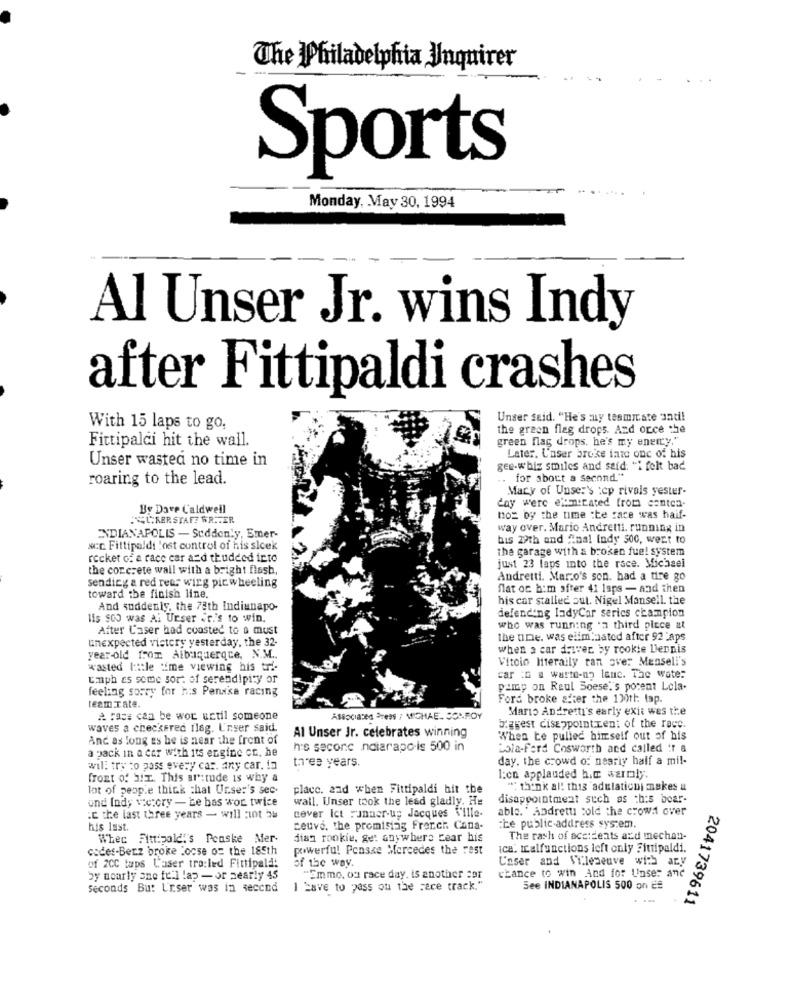
The Philadelphia Inquirer
Sports
Monday, May 30, 1994
Al Unser Jr. wins Indy
after Fittipaldi crashes
Unser seid. "He's my teamiste anti!
With 15 laps to go,
the green flag drops. And orce the
Fittipaldi hit the wall.
green flag drops, he's my energy,"
Unser wasted no time in
Later. Unser broke into one of his
gee-whiz smiles and said: "i felt bad
roaring to the lead.
.. for about a second."
Mary of Unser's tep rivals yester-
By Dare Caldwell
day were elmirated from canten-
SURER STAFF WRITER
no= by the time :Le race was haif-
way over. Mario Andretti, running in
ENDIANAPOLIS - Suddenly, Emer-
bis 29th and Anal Indy 500, wert to
scc. Fittipaldi lost control of his sleek
the garage with a broken fue! system
rocket of a race car a=d thudded into
the concrete wall with a bright flash,
just 23 laps into the race. Michael
sending a red rear wirg picwheeling
Andretti. Mar.o's son. had a tire go
flat oc b:m after 41 laps - and then
toward the finish line.
his car stalled out. Nigel Mansell. the
And suddenly, the 78th Indiunapo-
defending ladyCar series champion
lis 900 was Al Urser er.'s to win.
After Caser had coasted to a must
who was running . a third piece at
unexpected victory yesterday, the 32-
the une. was eliminated after 92 Laps
when a car driver by rookie Vernis
year-old from Albuquerque, N.M ..
Vitoio Hiteraily ran over Menseli's
wasted tattle time viewing his tri-
Gimph as some sort of serendipity or
car :6 a warto-np lane. The water
feeling sorry for his Penske racing
pamp on Reul Soese''s porent Lola.
Ford broke after the 130tt: lap.
team.Tate.
Mario Andretti's early exit wes the
A rass can be wor uctil someone
Asociated Press / MICHAE. SONFOY
waves a checkered 1l6g. Unser said.
biggest disappointment of the race.
And as long es he is near the front of
Al Unser Jr. celebrates winning
When te pulled himself out of his
a pack in a car with its engine cc, he
h's seconc naiarapo-is 500 in
Lola-Ford Cosworth and called if a
three years.
day. the crowd of nearly half a mil-
will try to pass every car. any car. in
front of Six. This aritude is why a
l:cn applauded h.c warmly.
lot of people thick chat Unser's sec-
place. and when Fittipaldi hit the
"; think al! this adulation) makes a
und Ind; ve:cry - be bas wor twice
wall. Unser took the lead gladly. He
disappointment such as this bear-
cover Ict runner-up Jacques Ville-
able. " Andretti cold the crowd over
.c the last three years - will not be
his last.
ceuve, the promising French Cana-
:Le public-address system.
Wher Fittipald''s Penske Mer-
diaz rookie, ge: anywhere Cear his
The rash of accidents azd mechan-
codes-Benz broke locse os the 185th
powerful Ponsse Mercedes the rest
ica. malfunctions left only Fittipaldi.
of 2CC taps Laser tro:led Fittipaldi
of the way.
Unser and Sileneuve with ary
by nearly one fell lap - or nearly 45
"Emmo, ou race day. is another sar
chance to win And for Unser
Seconds But L'iser was in seccod
I Have to pass on the Face track."
See INDIANAPOLIS 500 on ¿#
2041739611